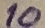
Text: 10